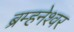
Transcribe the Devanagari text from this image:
ब्रम्हनेश्वर